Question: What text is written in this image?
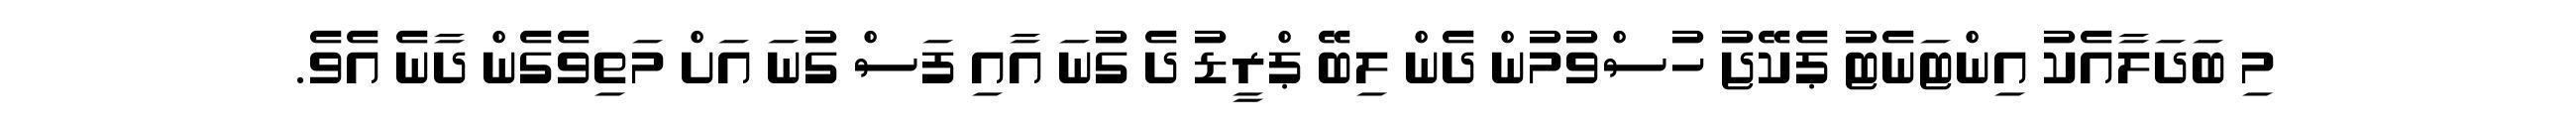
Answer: މި ބަދަލާއެކު އިންޓަނެޓު ޕެކޭޖު ހުސްވުމުން ދެން ލިބޭ ޕްރީޑު ދެ ގުނަ އާއި ފަސް ގުނަ އަށް މަތިވެގެން ދާނެ އެވެ.